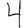
Digit: 4